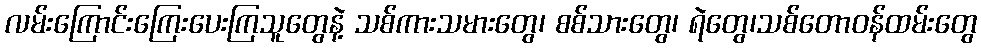
လမ်းကြောင်းကြေးပေးကြသူတွေနဲ့ သစ်ကားသမားတွေ၊ စစ်သားတွေ၊ ရဲတွေ၊သစ်တောဝန်ထမ်းတွေ